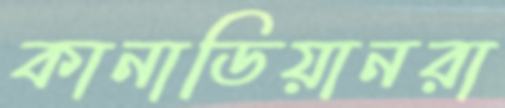
কানাডিয়ানরা